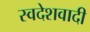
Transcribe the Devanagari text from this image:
स्वदेशवादी